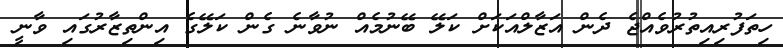
ހިތަފުރިއިތުރުވެއްޖެ ދެން އަޒާލްއަކަށް ކަލޭ ބޭނުމެއް ނުވާނެ ގެން ކަލޭގެ އިންތިޒާރުގައި ވާނީ